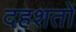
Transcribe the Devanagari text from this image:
दहशतों